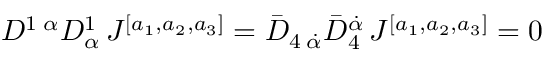
D ^ { 1 \; \alpha } D _ { \alpha } ^ { 1 } \, J ^ { [ a _ { 1 } , a _ { 2 } , a _ { 3 } ] } = \bar { D } _ { 4 \; \dot { \alpha } } \bar { D } _ { 4 } ^ { \dot { \alpha } } \, J ^ { [ a _ { 1 } , a _ { 2 } , a _ { 3 } ] } = 0